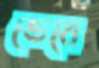
ভেবে